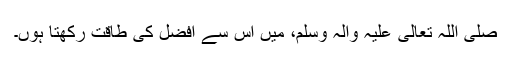
صَلَّی اللہُ تَعَالٰی عَلَیْہِ وَاٰلِہٖ وَسَلَّمَ، میں اس سے افضل کی طاقت رکھتا ہوں۔